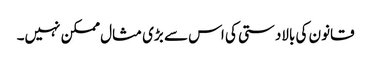
قانون کی بالادستی کی اس سے بڑی مثال ممکن نہیں۔